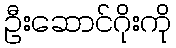
ဦးဆောင်ဂိုးကို